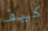
كيف